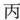
丙